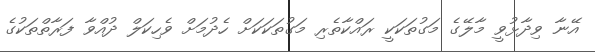
އޭނާ ވިދާޅުވީ މާލޭގެ މަގުތަކަކީ ރައްކާތެރި މަގުތަކަކަށް ހެދުމަށް ވެހިކަލް ދުއްވާ ފަރާތްތަކުގެ